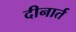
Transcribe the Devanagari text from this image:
दीनार्त